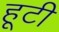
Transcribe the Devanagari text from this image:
हूटी